Vital statistics of India. Vol. V, Reports of 1876 on armies & jails and on epidemic cholera
Year: 1876
Disease focus: Cholera
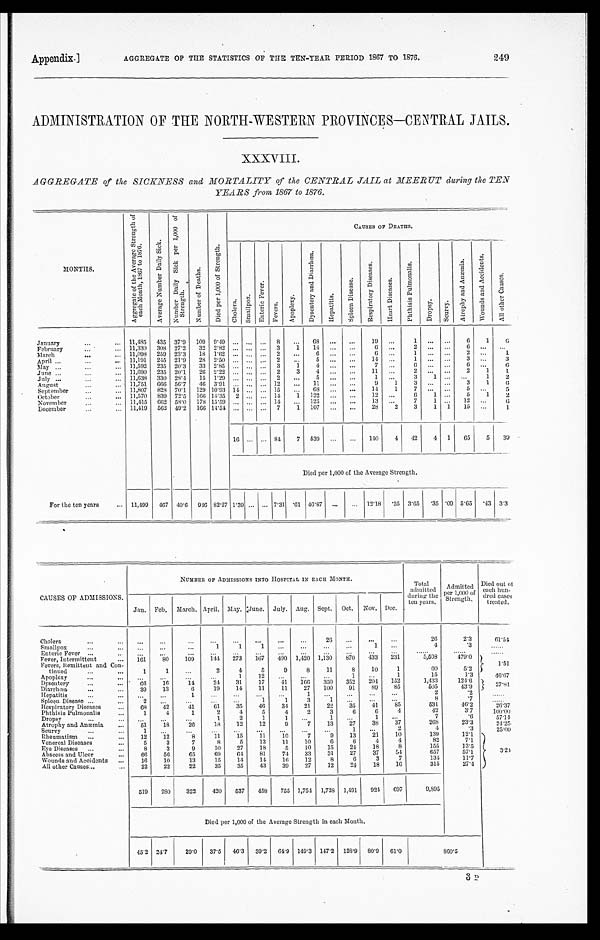
Appendix.]
AGGREGATE OF THE STATISTICS OF THE TEN—YEAR PERIOD 1867 TO 1876.
249
ADMINISTRATION OF THE NORTH-WESTERN PROVINCES—CENTRAL JAILS.
XXXVIII.
AGGREGATE of the SICKNESS and MORTALITY of the CENTRAL JAIL at MEERUT during the TEN
YEARS from 1867 to 1876.
MONTHS.
A g g r e g a t e o f t h e A v e r a g e S t r e n g t h o f e a c h M o n t h , 1 8 6 7 t o 1 8 7 6 .
A v e r a g e N u m b e r D a i l y S i c k .
N u m b e r D a i l y S i c k p e r 1 , 0 0 0 o f S t r e n g t h .
N u m b e r o f D e a t h s .
D i e d p e r 1 , 0 0 0 o f S t r e n g t h .
C A U S E S O F D E A T H S .
Ch o l e r a .
S m a l l p o x .
E n t e r i c F e v e r .
Fever s.
A p o p l e x y .
D y s e n t e r y a n d D i r r h œ a .
H e p a t i t i s .
S p l e e n D i s e a s e .
R e s p i r a t o r y D i s e a s e s .
H e a r t D i s e a s e s .
P h t h i s i s P u l m o n a l i s .
D r o p s y .
Scur vy.
A t r o p h y a n d A n æ m i a .
W o u n d s a n d A c c i d e n t s .
A l l o t h e r C a u s e s .
January
11,485 435 37.9 109 9.49 ... ... ... 8
. . .
6 8 ... ...
19 ...
1
. . . ...
6
1
6
February
11,330 308 27.2 32 2.82 ... ... ... 3
1 14 ...
. . .
6 ...
2
. . . ...
6 ...
. . .
1
March
11,098 259 23.3 18 1.62 ... ... ... 2 ...
6 ...
. . .
6 ...
1
. . . ...
2 ...
1
April
11,191 24521.9 282.50 ... ... ... 2
...
5 ...
. . .
1 4 ...
1 . . . ...
3 ...
3
May
11,592 235 20.3 33 2.85 ... ...
. . . 3
1
4 ... ...
7
. . .
6
. . . ...
6
. . .
6
June
11,690 235 20.1 26 2.22 ... ...
. . . 2
3
4 ...
. . .
1 1
...
2
. . . ...
2 1
1
July
11,638 330 28.4 15 1.29 ...
. . . . . . 2
. . .
5 . ...
. . .
1
. . . 3
1 ...
. . . 1
2
August
11,751 66656.7 463.91 ... ... ... 12 ...
1 1 ...
. . .
9
1
3
. . .
...
3
1
6
September
11,807 828 70.1 129 10.93 14 . . . ... 15
. . . 68 ... ...
14
1
7
. . .
...
5 ...
5
October
11,570 839 72.5 166 14.35 2 ... ... 14 1 122 ... ...
1 2 . . .
6
1 ...
5
1
2
November
11,415
6 6 2 58.0 178 15.59 ... ... ... 14 ... 125 ... ...
13 ...
7
1 ... 12
. . .
6
December
11,419 562 49.2 166 14.54 ... ... ... 7
1 107
. . .
. . .
28
2
3
1 1 15 ...
1
16
. . . ... 84 7 539
. . . ... 140 4 42
4 1 65
5 39
Died per 1,000 of the Average Strength.
For the ten years
11,499 467 40.6 946 82.27 1.39 ...
. . . 7.31 .61 46.87 ...
. . . 12.18 .35 3.65 .35 .09 5.65
. 43 3.3
CAUSES OF ADMISSIONS.
NUMBER OF ADMISSIONS INTO HOSPITAL IN EACH MONTH.
Total
admitted
during the
ten years.
A d m i t t e d p e r 1 , 0 0 0 o f S t r e n g t h .
Died out of
each hun-
dred cases
treated.
Jan. Feb. March. April. May. June. July. Aug. Sept. Oct. Nov. Dec.
Chol era
. . .
...
...
. . .
. . .
. . .
...
...
26 ...
...
...
26
4
2.3
61.54
Smallpox
. . .
...
. . .
1
1
1
. . .
. . .
...
...
1 ...
4
. 3
. . . . . .
Enteric Fever
. . . ...
. . .
...
...
...
. . . ...
...
...
...
...
. . . . . .
. . . . . .
......
Fever, Intermittent
1 6 1
80
109
144 273 167 490 1,420 1,130 870 433 231
5,508
479.0
1 . 5 1
Fevers, Remittent and Con-
tinned
1
1
...
2
4
5
9
8
11
8
10
1
60
5.2
Apoplexy
. . . . . .
. . .
. . .
1
12
. . . ...
...
1 ...
1
15
1.3
46.67
Dysentery
66
16
14
24 31
17
41 166 350 352 204 152
1,433
124.6 2 7 . 8 1
Diarrhœa
39
13
6
19
14
11
11
27 100
91
80
89
505
43.9
Hepatitis
. . . ...
. . .
1
. . . ...
...
. . . 1
. . . . . .
. . .
2
. 2
. . . . . .
Spleen Disease
2 ...
. . .
...
...
1
1
3
1 ...
...
. . .
8
. 7
......
Respiratory Diseases
68
42
41
61
35
46 34
21
22
35
41
8 5
5 3 1
4 6 . 2
26.37
Phthisis Pulmonalis
1
4
1
2
4
5
4
2
3
6
6
4
4 2
3 . 7
1 0 0 . 0 0
Dropsy
. . .
. . .
. . .
1
2
1
1
...
1 ...
1
. . .
7
.6
57.14
Atrophy and Anæmia
51
18
26
18
12
12
9
7
13
27
3 8
3 7
2 6 8
2 3 . 3
24.25
Scurvy
1 ...
...
...
...
...
...
...
. . .
1 ...
2
4
.3
25.00
Rheumatism
12
12
8
11
15
11
10
7
9
1 3
2 1
1 0
1 3 9
1 2 . 1
3.24
Venereal Diseases
5
3
7
8
5
13
11
10
6
6
4
4
8 2
7 . 1
Eye Diseases
8
3
9
10
27
18
5
1 0
1 5
2 4
1 8
8
1 5 5
1 3 . 5
Abscess and Ulcer
66
56
65
69
64 81
74
33
31
27
37
54
6 5 7
5 7 . 1
Wounds and Accidents
16
10
13
15
14
14 16
12
8
6
3
7
1 3 4
1 1 . 7
All other Causes
22
22
22
35
35
43
39
27
12
24
1 8
1 6
3 1 5
2 7 . 4
519 280 322
420 537 458 755 1,754 1,738 1,491 924 697
9,895
Died per 1,000 of the Average Strength in each Month.
45.2 24.7
29.0 37.5 46.3 39.2 64.9 149.3 147.2 128.9 80.9 61.0
8 6 0 . 5
3